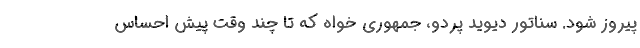
پیروز شود. سناتور دیوید پردو، جمهوری خواه که تا چند وقت پیش احساس